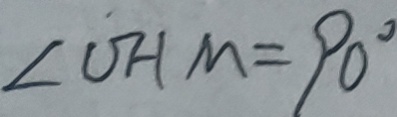
\angle O H M = 9 0 ^ { \circ }